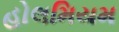
હોલમિયમ